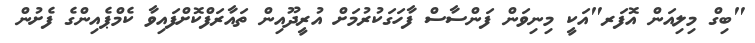
"ބިގް މިލިއަން އޮފަރ"އަކީ މިނިވަން ފަންސާސް ފާހަގަކުރުމަށް އުރީދޫއިން ތައާރަފްކޮށްފައިވާ ކެމްޕެއިންގެ ފެށުން